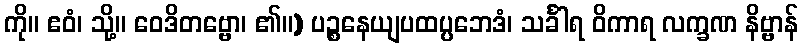
ကို။ ဧဝံ၊ သို့။ ဝေဒိတဗ္ဗော၊ ၏။) ပဉ္စနေယျပထပ္ပဘေဒံ၊ သင်္ခါရ ဝိကာရ လက္ခဏ နိဗ္ဗာန်